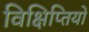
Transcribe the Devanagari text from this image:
विक्षिप्तियों